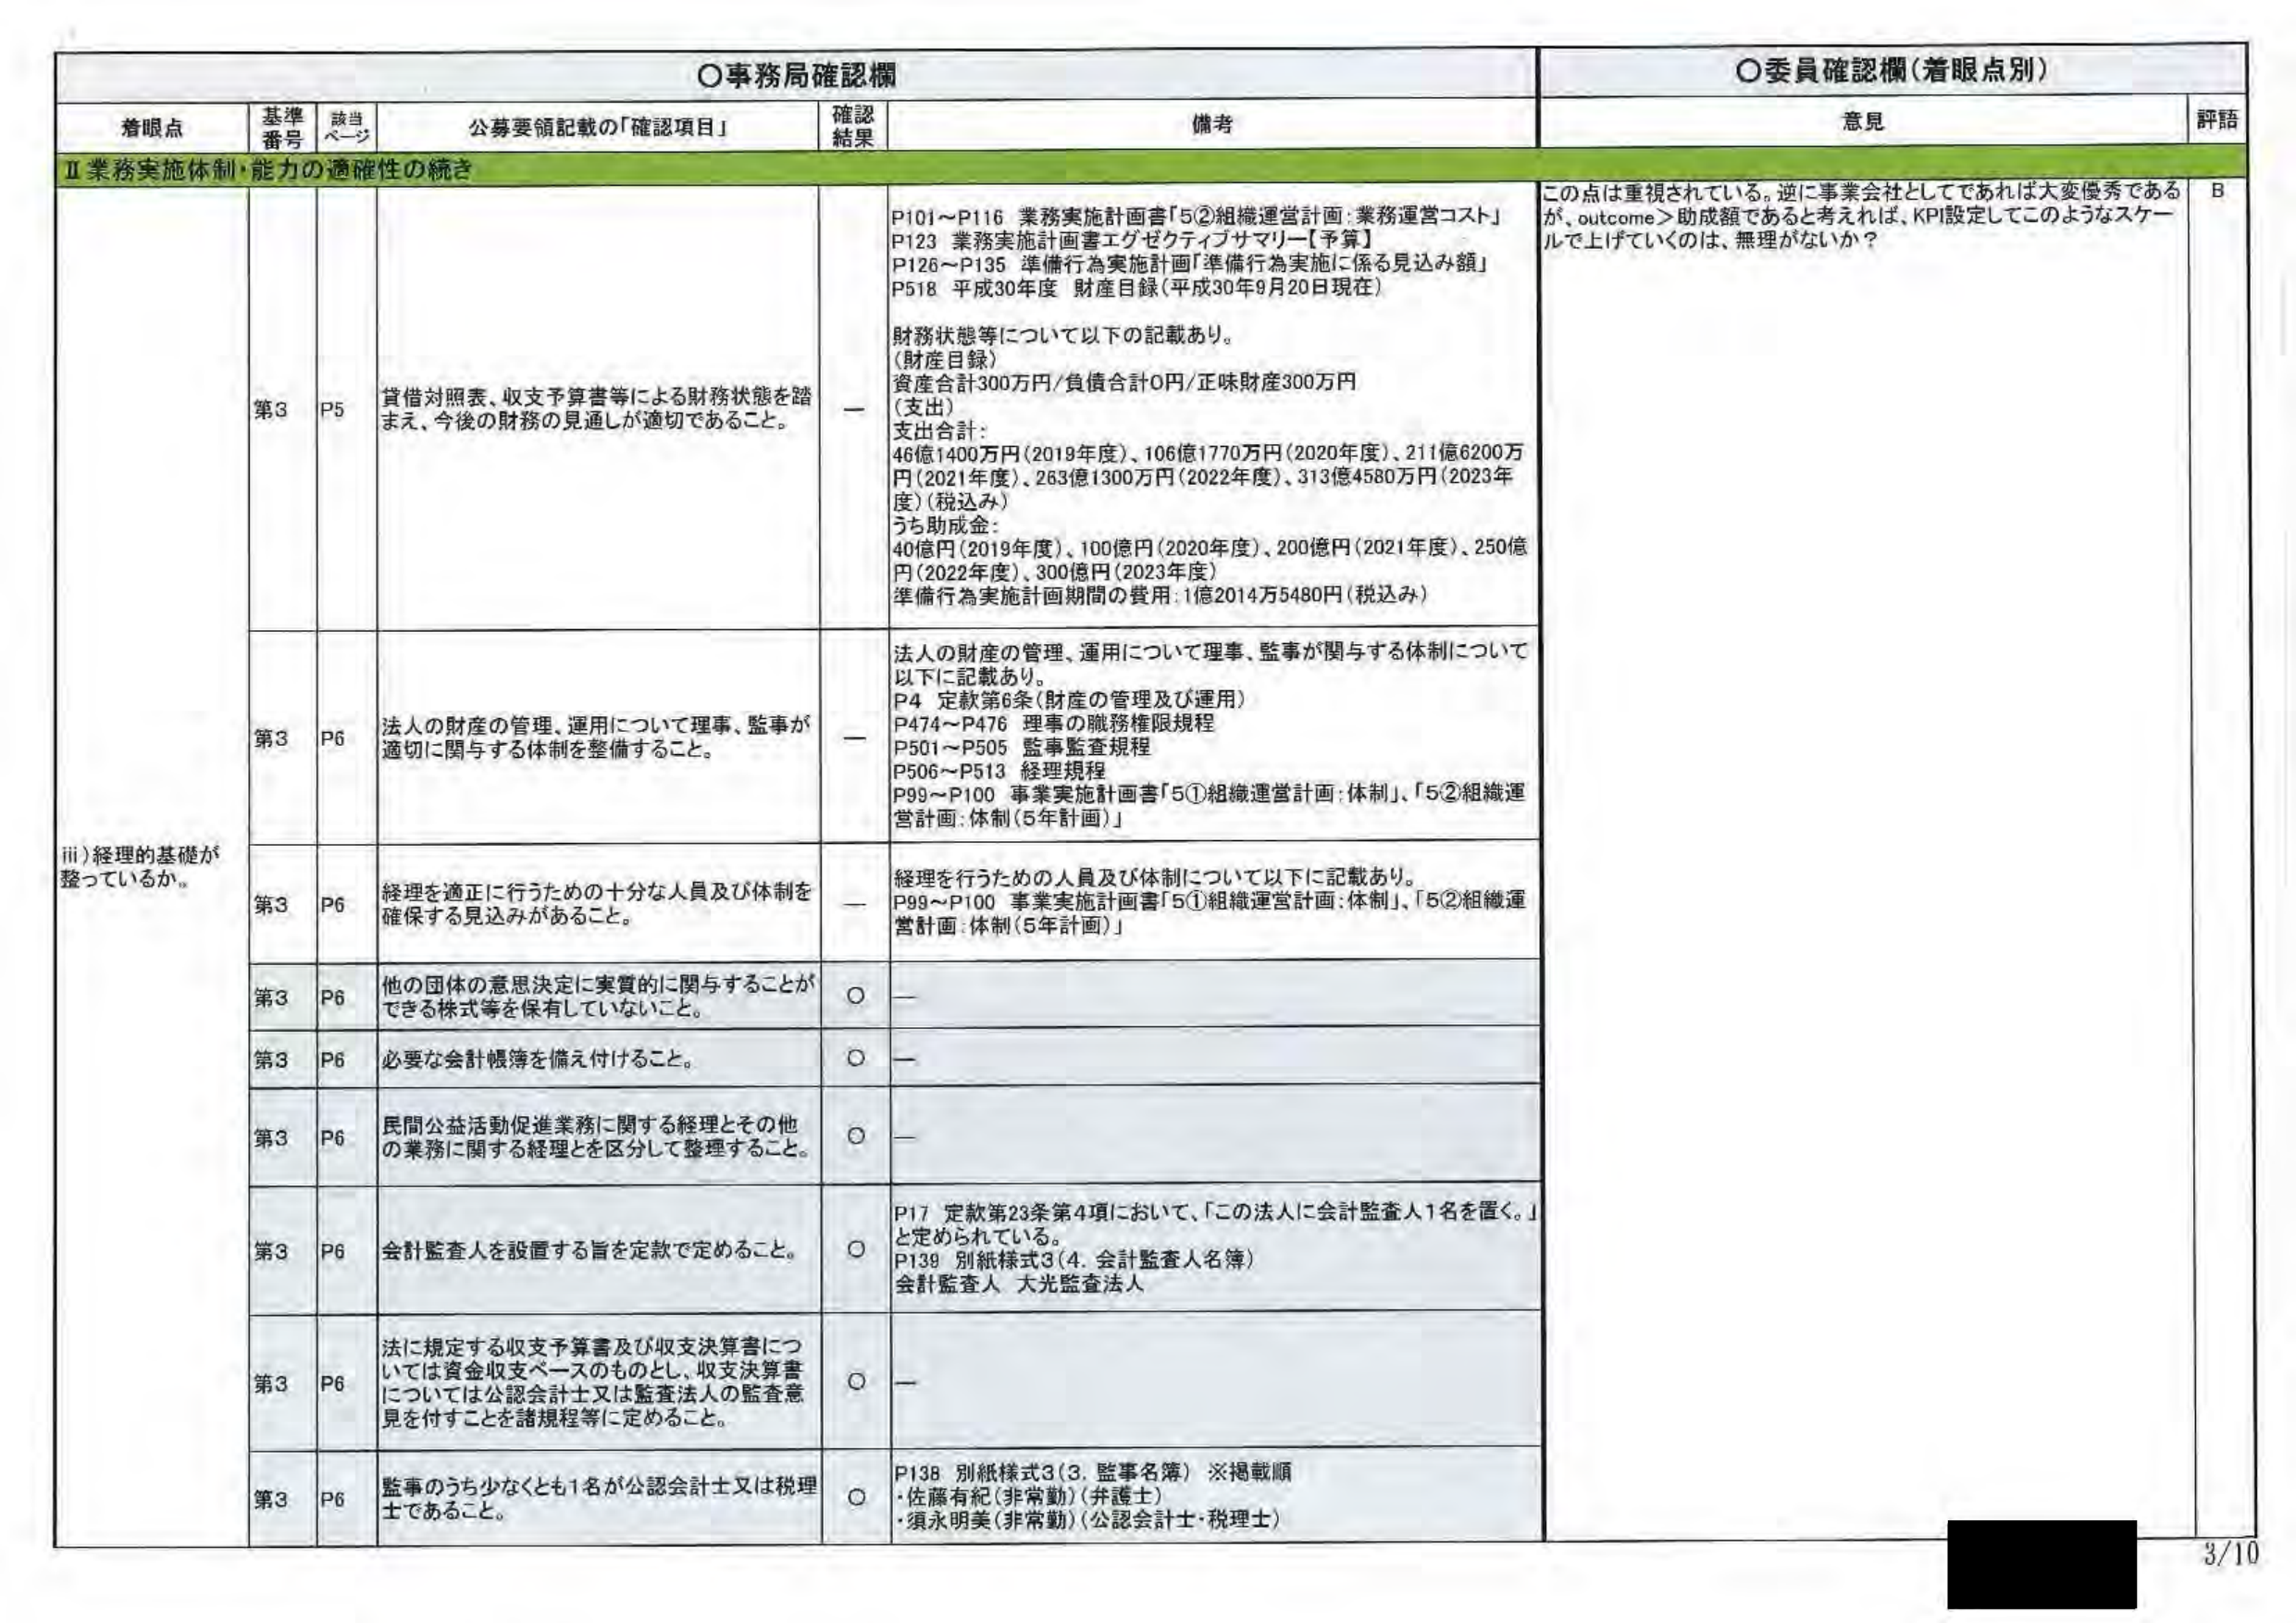
○事務局確認欄
○委員確認欄（着眼点別）

着眼点　　基準番号　　該当ページ　　公募要領記載の「確認項目」　　確認結果　　備考　　意見　　評語

Ⅱ 業務実施体制・能力の適確性の続き

iii) 経理の基礎が整っているか。

第3　P5　貸借対照表、収支予算書等による財務状態を踏まえ、今後の財務の見通しが適切であること。　　ー　　P101～P116 業務実施計画書「5②組織運営計画：業務運営コスト」
P123 業務実施計画書エグゼクティブサマリー【予算】
P126～P135 準備行為実施計画「準備行為実施に係る見込み額」
P518 平成30年度 財産目録（平成30年9月20日現在）

財務状態等について以下の記載あり。
（財産目録）
資産合計300万円/負債合計0円/正味財産300万円
（支出）
支出合計：
46億1400万円（2019年度）、106億1770万円（2020年度）、211億6200万円（2021年度）、263億1300万円（2022年度）、313億4580万円（2023年度）（税込み）
うち助成金：
40億円（2019年度）、100億円（2020年度）、200億円（2021年度）、250億円（2022年度）、300億円（2023年度）
準備行為実施計画期間の費用：1億2014万5480円（税込み）

この点は重視されている。逆に事業会社としてであれば大変優秀であるが、outcome＞助成額であると考えれば、KPI設定してこのようなスケールで上げていくのは、無理がないか？　　B

第3　P6　法人の財産の管理、運用について理事、監事が適切に関与する体制を整備すること。　　ー　　法人の財産の管理、運用について理事、監事が関与する体制について以下に記載あり。
P4 定款第6条（財産の管理及び運用）
P474～P476 理事の職務権限規程
P501～P505 監事監査規程
P506～P513 経理規程
P99～P100 事業実施計画書「5①組織運営計画：体制」、「5②組織運営計画：体制（5年計画）」

第3　P6　経理を適正に行うための十分な人員及び体制を確保する見込みがあること。　　ー　　経理を行うための人員及び体制について以下に記載あり。
P99～P100 事業実施計画書「5①組織運営計画：体制」、「5②組織運営計画：体制（5年計画）」

第3　P6　他の団体の意思決定に実質的に関与することができる株式等を保有していないこと。　　○　　ー

第3　P6　必要な会計帳簿を備え付けること。　　○　　ー

第3　P6　民間公益活動促進業務に関する経理とその他の業務に関する経理とを区分して整理すること。　　○　　ー

第3　P6　会計監査人を設置する旨を定款で定めること。　　○　　P17 定款第23条第4項において、「この法人に会計監査人1名を置く。」と定められている。
P139 別紙様式3（4. 会計監査人名簿）
会計監査人 大光監査法人

第3　P6　法に規定する収支予算書及び収支決算書については資金収支ベースのものとし、収支決算書については公認会計士又は監査法人の監査意見を付すことを諸規程等に定めること。　　○　　ー

第3　P6　監事のうち少なくとも1名が公認会計士又は税理士であること。　　○　　P138 別紙様式3（3. 監事名簿）※掲載順
・佐藤有紀（非常勤）（弁護士）
・須永明美（非常勤）（公認会計士・税理士）

3/10